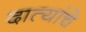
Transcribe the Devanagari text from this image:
दात्यांचे